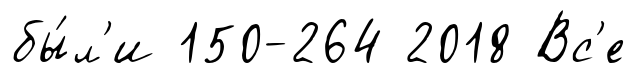
бы́л'и 150-264 2018 Вс'е